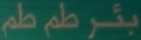
بَئرْ طم طم